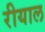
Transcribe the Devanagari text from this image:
रीयाल